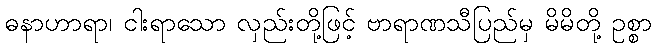
ဓနာဟာရာ၊ ငါးရာသော လှည်းတို့ဖြင့် ဗာရာဏသီပြည်မှ မိမိတို့ ဥစ္စာ